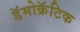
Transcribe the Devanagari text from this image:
डॅमोक्रॅटिक